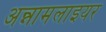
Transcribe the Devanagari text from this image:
अन्नामलाइयर